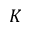
K